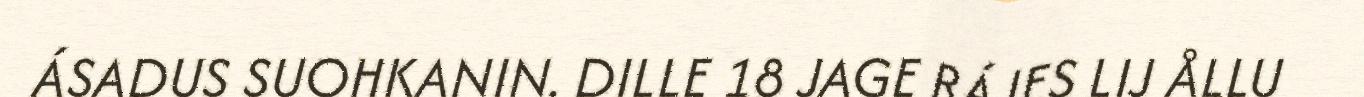
ÁSADUS SUOHKANIN. DILLE 18 JAGE RÁJES LIJ ÅLLU